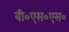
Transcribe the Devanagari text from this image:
बी०एस०एस०